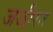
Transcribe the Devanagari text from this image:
जजी़रत